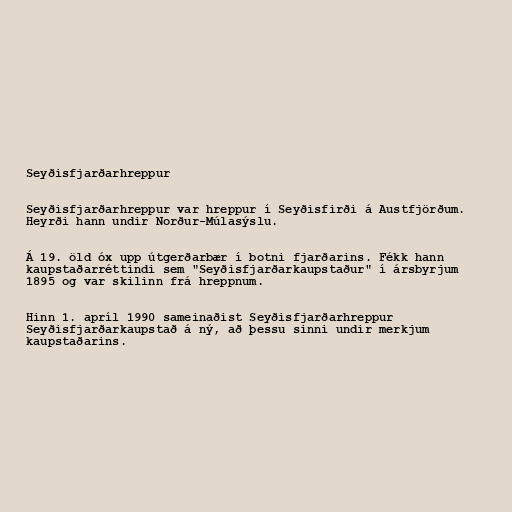
Seyðisfjarðarhreppur

Seyðisfjarðarhreppur var hreppur í Seyðisfirði á Austfjörðum.
Heyrði hann undir Norður-Múlasýslu.

Á 19. öld óx upp útgerðarbær í botni fjarðarins. Fékk hann
kaupstaðarréttindi sem "Seyðisfjarðarkaupstaður" í ársbyrjum
1895 og var skilinn frá hreppnum.

Hinn 1. apríl 1990 sameinaðist Seyðisfjarðarhreppur
Seyðisfjarðarkaupstað á ný, að þessu sinni undir merkjum
kaupstaðarins.